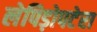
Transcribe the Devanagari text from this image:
लेपिड़ोपटेरा